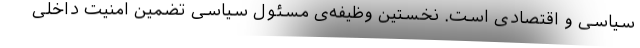
سیاسی و اقتصادی است. نخستین وظیفه‌ی مسئول سیاسی تضمین امنیت داخلی